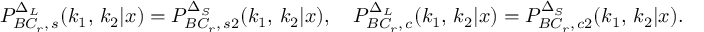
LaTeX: P _ { B C _ { r } , \, s } ^ { \Delta _ { L } } ( k _ { 1 } , \, k _ { 2 } | x ) = P _ { B C _ { r } , \, s 2 } ^ { \Delta _ { S } } ( k _ { 1 } , \, k _ { 2 } | x ) , \quad P _ { B C _ { r } , \, c } ^ { \Delta _ { L } } ( k _ { 1 } , \, k _ { 2 } | x ) = P _ { B C _ { r } , \, c 2 } ^ { \Delta _ { S } } ( k _ { 1 } , \, k _ { 2 } | x ) .